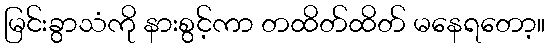
မြင်းခွာသံကို နားစွင့်ကာ တထိတ်ထိတ် မနေရတော့။